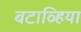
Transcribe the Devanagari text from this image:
बटाव्हिया